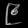
Digit: ၉